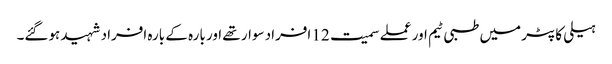
ہیلی کاپٹر میں طبی ٹیم اور عملے سمیت 12 افراد سوار تھے اور بارہ کے بارہ افراد شہید ہوگئے۔